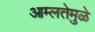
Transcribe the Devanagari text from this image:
आम्लतेमुळे